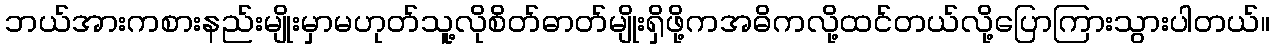
ဘယ်အားကစားနည်းမျိုးမှာမဟုတ်သူ့လိုစိတ်ဓာတ်မျိုးရှိဖို့ကအဓိကလို့ထင်တယ်လို့ပြောကြားသွားပါတယ်။